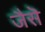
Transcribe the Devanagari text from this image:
जैसॆ